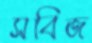
সবিজ